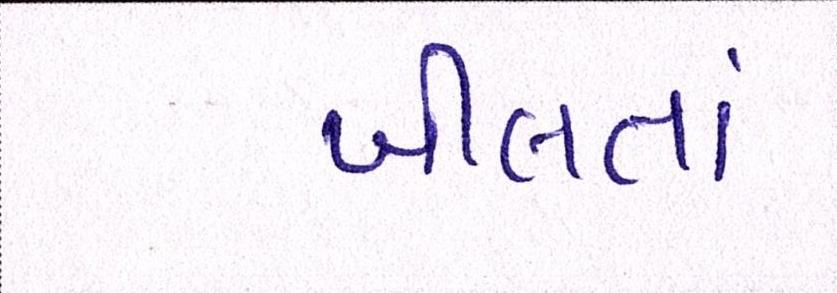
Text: ખીલતાં